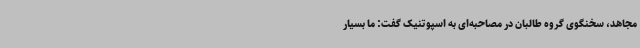
مجاهد، سخنگوی گروه طالبان در مصاحبه‌ای به اسپوتنیک گفت: ما بسیار